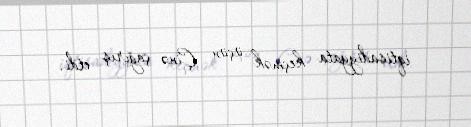
iqtisadiyyata keçmək üçün Çinə çağırış etdi.